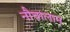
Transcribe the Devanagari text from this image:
नौचालान